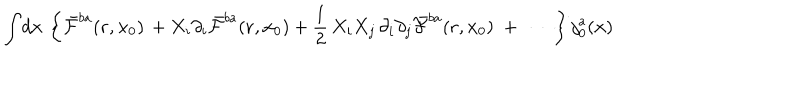
{ \int } d { \bf x } \, \left\{ { \bar { \cal F } } ^ { b a } ( { \bf r } , { \bf x } _ { 0 } ) \, + X _ { i } \partial _ { i } { \bar { \cal F } } ^ { b a } ( { \bf r } , { \bf x } _ { 0 } ) + \frac { 1 } { 2 } \, X _ { i } X _ { j } \, \partial _ { i } \partial _ { j } { \bar { \cal F } } ^ { b a } ( { \bf r } , { \bf x } _ { 0 } ) \; + \; \; \cdots \right\} { j } _ { 0 } ^ { a } ( { \bf x } )